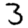
Digit: 3